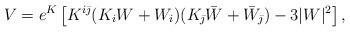
LaTeX: \begin{align*}V=e^K\left[ K^{i\bar{\jmath}}(K_iW+W_i)(K_{\bar{\jmath}}\bar{W}+\bar{W}_{\bar{\jmath}}) - 3|W|^2\right],\end{align*}